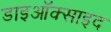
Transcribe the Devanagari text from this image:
डाइऑक्साइद